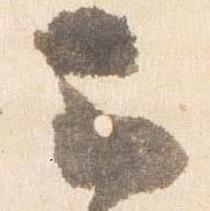
云